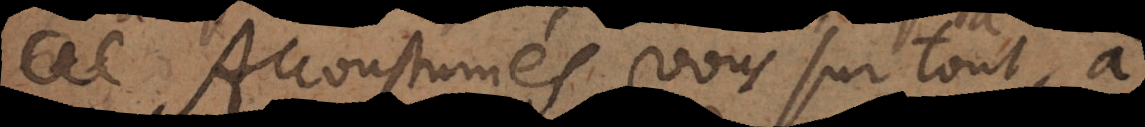
Accoustumés vous surtout, à